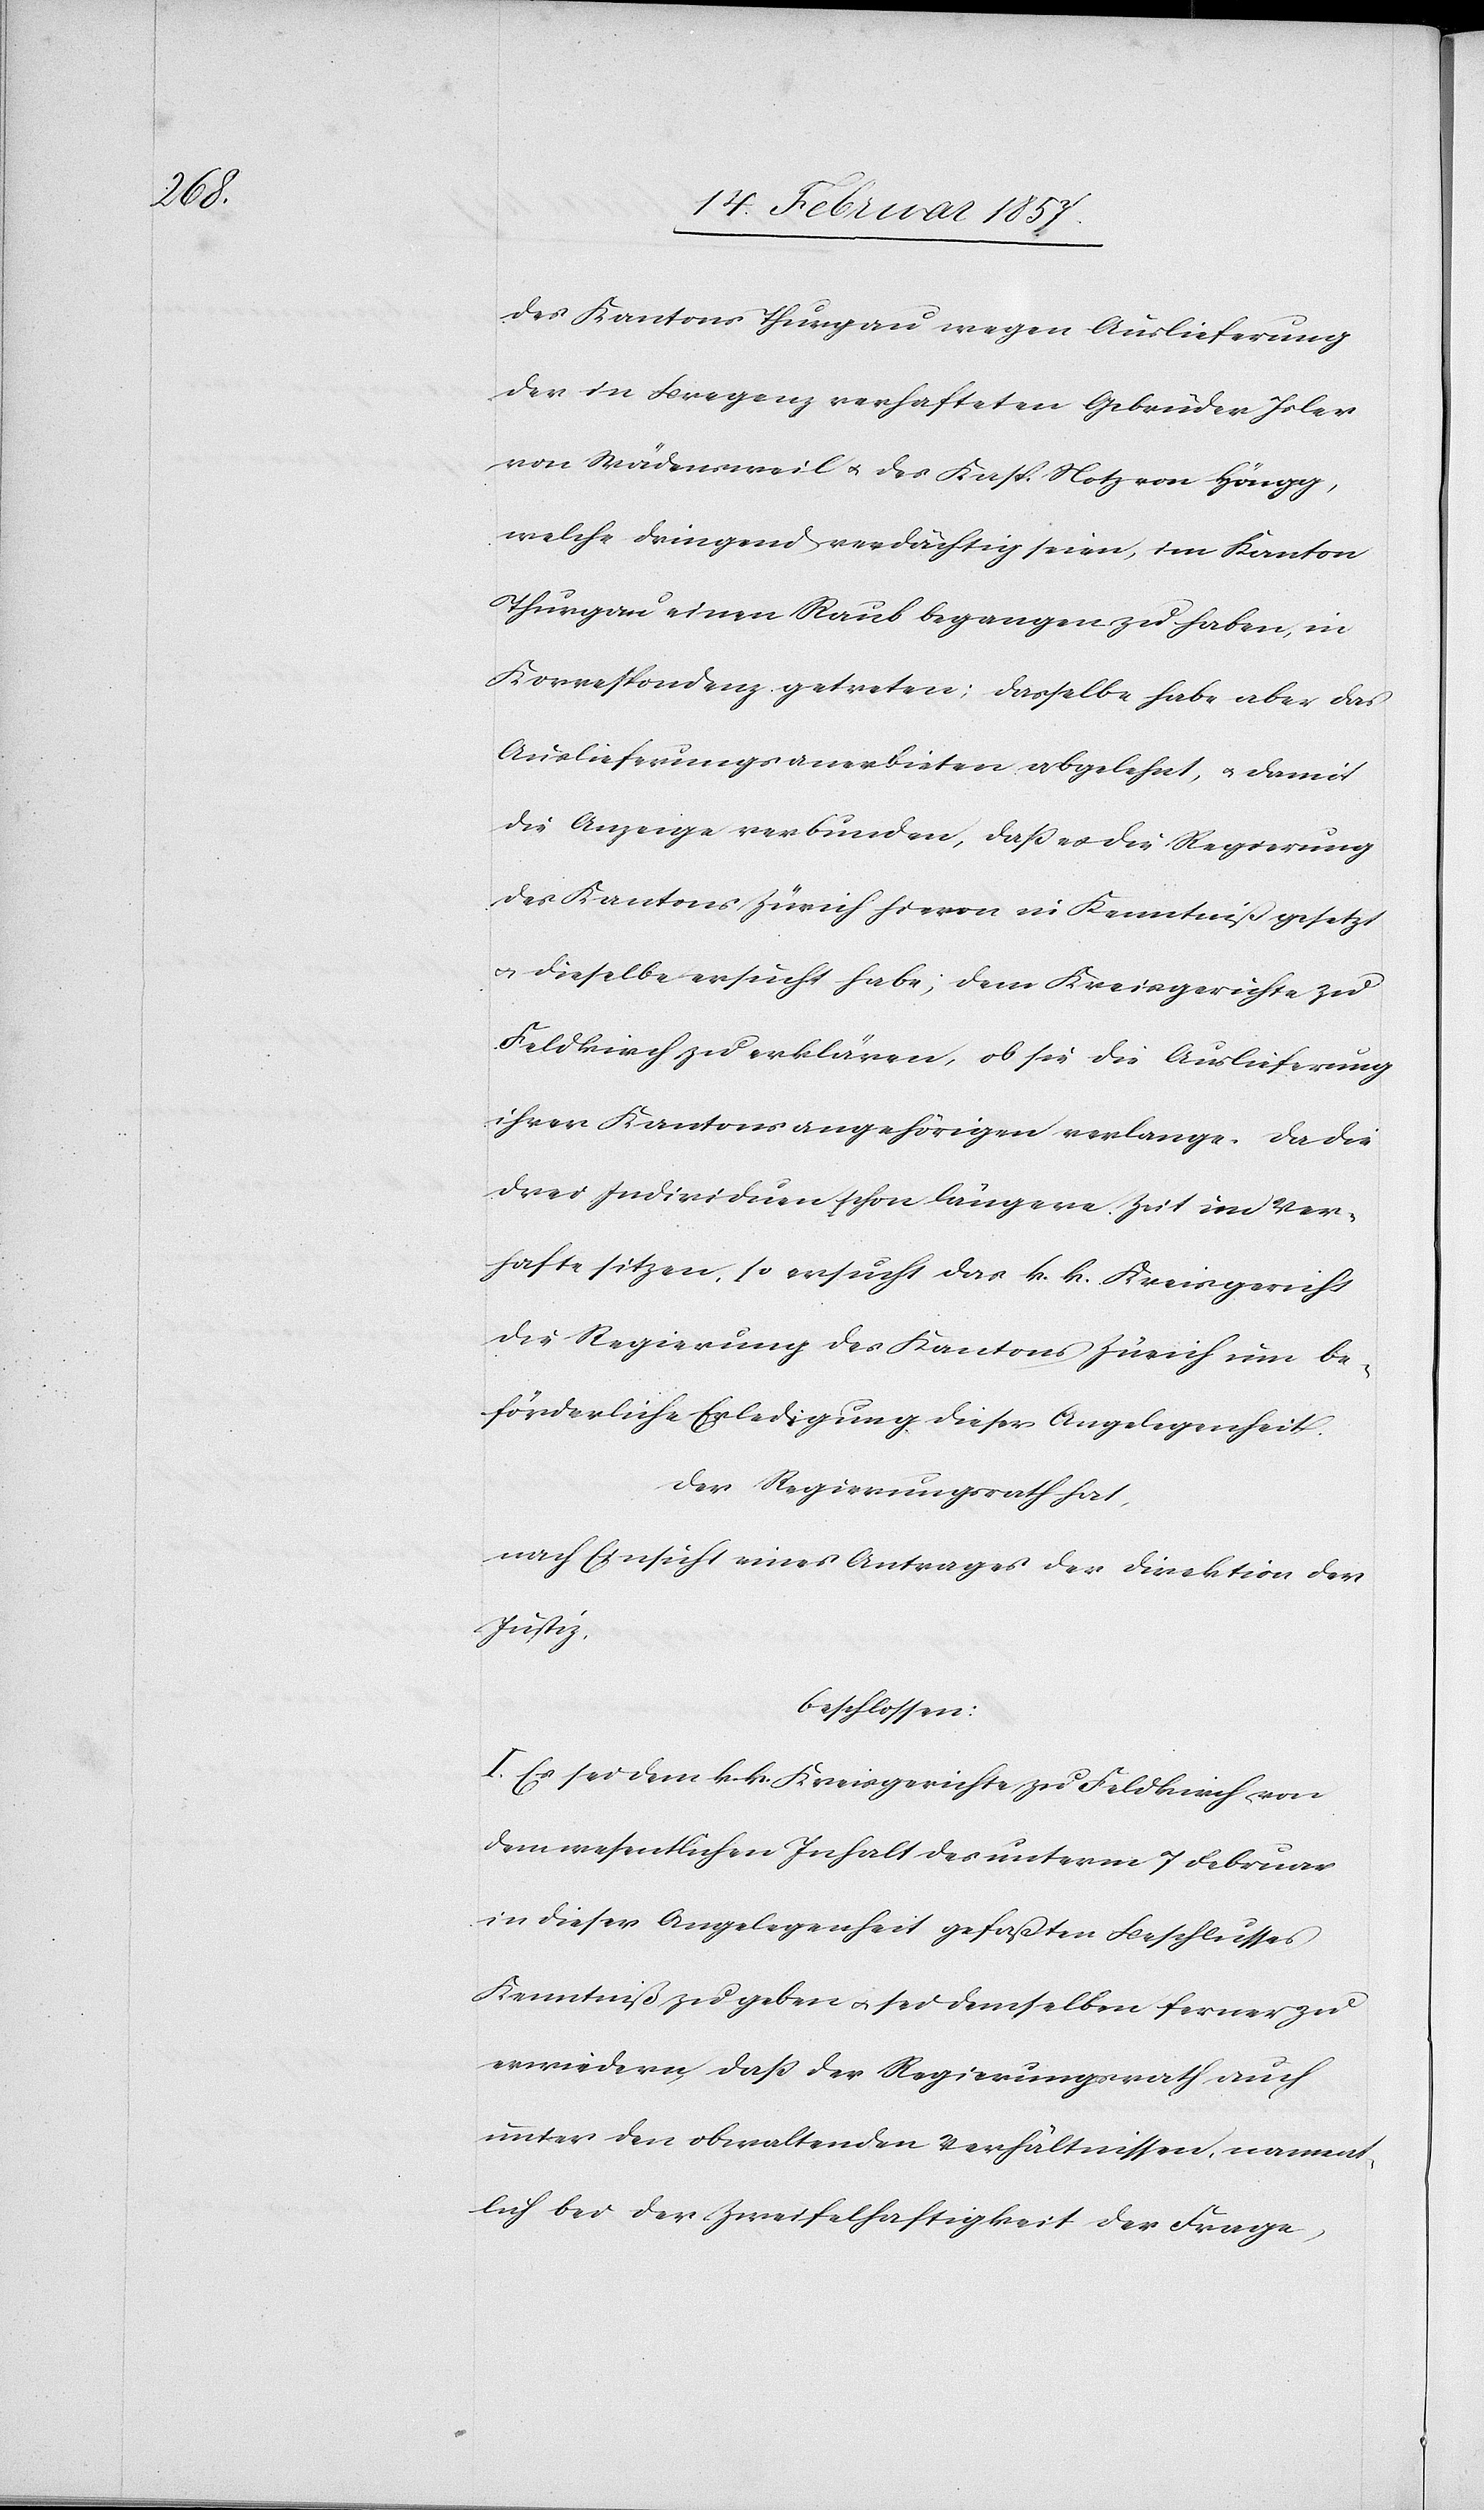
des Kantons Thurgau wegen Auslieferung
der in Bregenz verhafteten Gebrüder Isler
von Wädensweil u. des Kasp. Notz von Höngg,
welche dringend verdächtig seien, im Kanton
Thurgau einen Raub begangen zu haben, in
Korrespondenz getreten; dasselbe habe aber das
Auslieferungsanerbieten abgelehnt, u. damit
die Anzeige verbunden, daß es die Regierung
des Kantons Zürich hievon in Kenntniß gesetzt
u. dieselbe ersucht habe, dem Kreisgerichte zu
Feldkirch zu erklären, ob sie die Auslieferung
ihrer Kantonsangehörigen verlange. Da die
drei Individuen schon längere Zeit im Ver¬
hafte sitzen, so ersucht das k. k. Kreisgericht
die Regierung des Kantons Zürich um be¬
förderliche Erledigung dieser Angelegenheit.
Der Regierungsrath hat,
nach Einsicht eines Antrages der Direktion der
Justiz,
beschlossen:
I. Es sei dem k. k. Kreisgerichte zu Feldkirch von
dem wesentlichen Inhalt des unterm 7 Februar
in dieser Angelegenheit gefaßten Beschlusses
Kenntniß zu geben u. sei demselben ferner zu
erwiedern, daß der Regierungsrath auch
unter den obwaltenden Verhältnissen, nament¬
lich bei der Zweifelhaftigkeit der Frage,